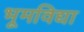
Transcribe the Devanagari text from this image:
भूमविद्या